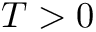
T > 0